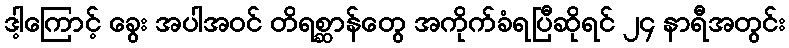
ဒါ့ကြောင့် ခွေး အပါအဝင် တိရစ္ဆာန်တွေ အကိုက်ခံရပြီဆိုရင် ၂၄ နာရီအတွင်း